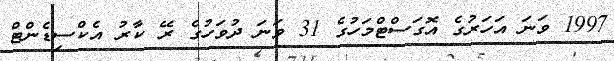
1997 ވަނަ އަހަރުގެ އޮގަސްޓްމަހުގެ 31 ވަނަ ދުވަހުގެ ރޭ ކާރު އެކްސިޑެންޓް